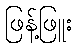
ဖြန့်ဖြူး